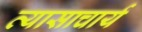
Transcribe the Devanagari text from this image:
व्यासाचार्य